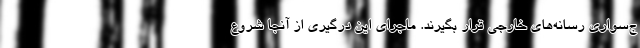
ج‌سواری رسانه‌های خارجی قرار بگیرند. ماجرای این درگیری از آنجا شروع